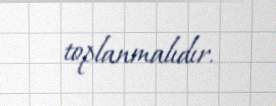
toplanmalıdır.